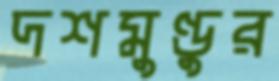
দশমুণ্ডুর